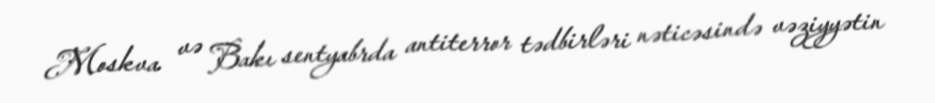
Moskva və Bakı sentyabrda antiterror tədbirləri nəticəsində vəziyyətin